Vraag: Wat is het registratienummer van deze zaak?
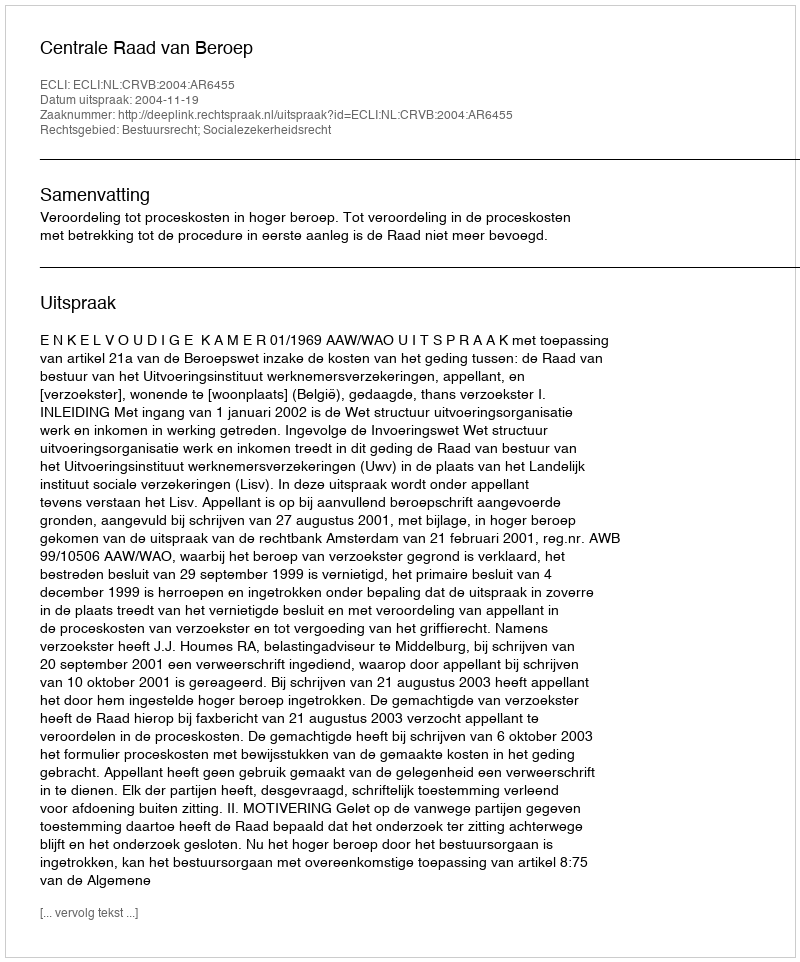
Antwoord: http://deeplink.rechtspraak.nl/uitspraak?id=ECLI:NL:CRVB:2004:AR6455